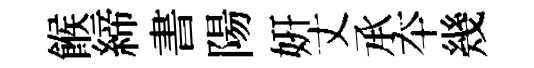
餱締書陽妍丈𠄘夲幾